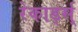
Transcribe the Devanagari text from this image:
रेकार्ड्स्